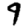
Digit: 9